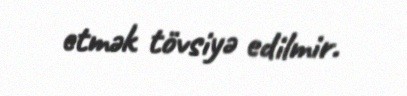
etmək tövsiyə edilmir.